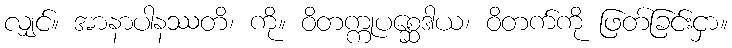
လျှင်။ အာနာပါနဿတိ၊ ကို။ ဝိတက္ကုပစ္ဆေဒါယ၊ ဝိတက်ကို ဖြတ်ခြင်းငှာ။